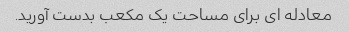
معادله ای برای مساحت یک مکعب بدست آورید.